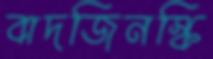
বাদজিনস্কি